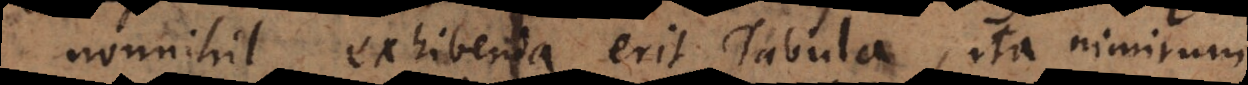
nonnihil exhibenda erit Tabula, ita nimirum